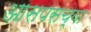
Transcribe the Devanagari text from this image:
आसपसच्या